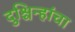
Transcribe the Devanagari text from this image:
दुश्चिन्हांचा